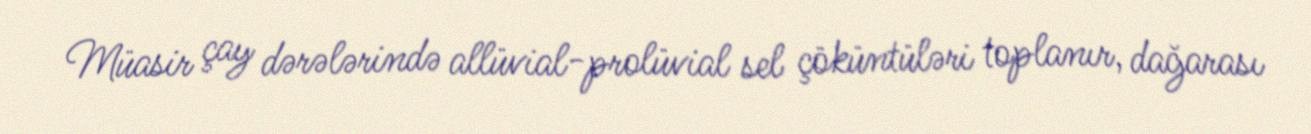
Müasir çay dərələrində allüvial-prolüvial sel çöküntüləri toplanır, dağarası